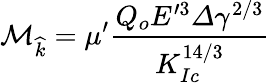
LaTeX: \mathcal{M}_{\widehat{k}}=\mu^{\prime}\frac{Q_{o}E^{\prime 3}\varDelta\gamma^{2/3}}{K_{Ic}^{14/3}}